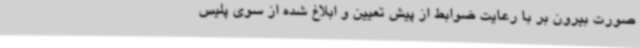
صورت بیرون بر با رعایت ضوابط از پیش تعیین و ابلاغ شده از سوی پلیس